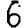
Digit: 6